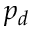
p _ { d }